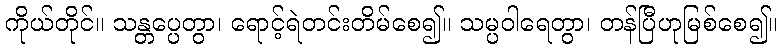
ကိုယ်တိုင်။ သန္တပ္ပေတွာ၊ ရောင့်ရဲတင်းတိမ်စေ၍။ သမ္ပဝါရေတွာ၊ တန်ပြီဟုမြစ်စေ၍။